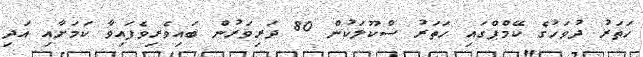
ހަތަރު ދުވަހުގެ ކޭމްޕްގައި ހަތަރު ސްކޫލަކުން 80 ދަރިވަރުން ބައިވެރިވެފައިވާ ކަމަށާއި އަދި